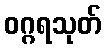
ဝဂ္ဂရသုတ်